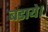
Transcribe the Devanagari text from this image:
बडाये।